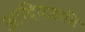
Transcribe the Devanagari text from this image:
आदिमजाति